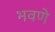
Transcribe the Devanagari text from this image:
भवणे